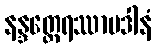
နန္ဒတ္ထေရဿာပဒါနံ